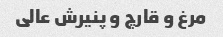
مرغ و قارچ و پنیرش عالی